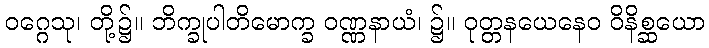
ဝဂ္ဂေသု၊ တို့၌။ ဘိက္ခုပါတိမောက္ခ ဝဏ္ဏနာယံ၊ ၌။ ဝုတ္တနယေနေဝ ဝိနိစ္ဆယော